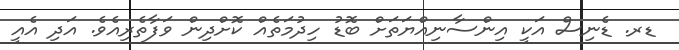
ޑރ. ޑެނިސް އަކީ އިންސާނިއްޔަތަށް ބޮޑު ހިދުމަތެއް ކޮށްދިން ވަފާތެެރިއެވެ. އަދި އެއީ